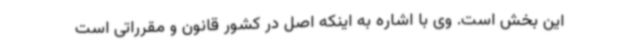
این بخش است. وی با اشاره به اینکه اصل در کشور قانون و مقرراتی است